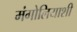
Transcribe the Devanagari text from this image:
मंगोलियाशी